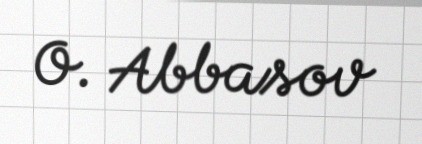
O. Abbasov